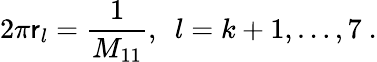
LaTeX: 2\pi\mathsf{r}_{l}=\frac{{1}}{{M_{11}}},~~l=k+1,\ldots,7\ .